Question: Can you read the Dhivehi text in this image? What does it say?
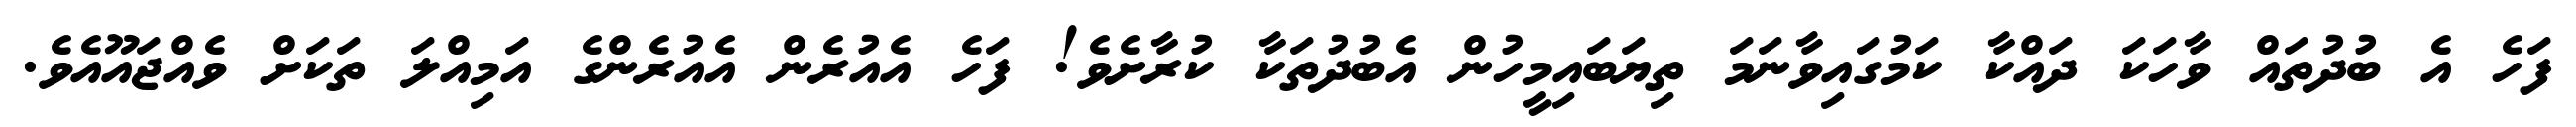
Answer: ފަހެ އެ ބުދުތައް ވާހަކަ ދައްކާ ކަމުގައިވާނަމަ ތިޔަބައިމީހުން އެބުދުތަކާ ކުރާށެވެ! ފަހެ އެއުރެން އެއުރެންގެ އަމިއްލަ ތަކަށް ވެއްޖައޫއެވެ.